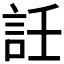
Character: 䚾